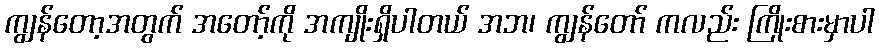
ကျွန်တော့အတွက် အတော့်ကို အကျိုးရှိပါတယ် အဘ၊ ကျွန်တော် ကလည်း ကြိုးစားမှာပါ